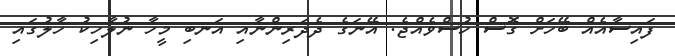
ފައިސާއެއް ބޭހަށް ގޮސް ހުސްވެއްޖެ. އޭނަގެ ދެދަރިންނާއި އަނބި މީހާ ނުލާހިކު ހާލުގައި